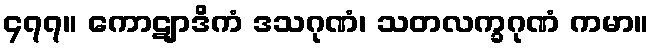
၄၇၇။ ကောဋျာဒိကံ ဒသဂုဏံ၊ သတလက္ခဂုဏံ ကမာ။